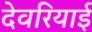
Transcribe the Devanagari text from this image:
देवरियाई